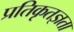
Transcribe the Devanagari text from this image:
प्रतिकृतज्ञता